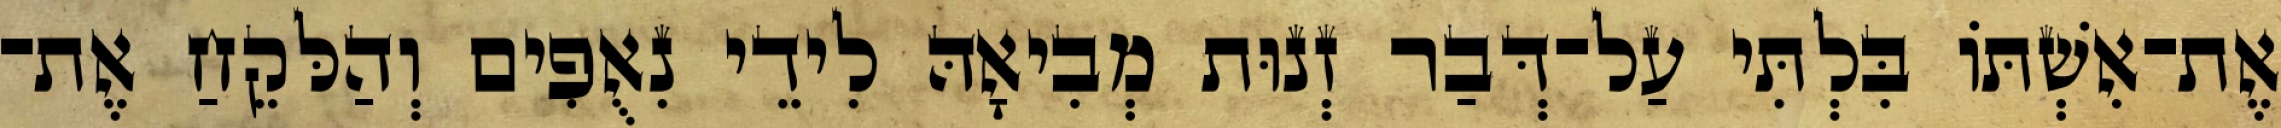
אֶת־אִשְׁתּוֹ בִּלְתִּי עַל־דְּבַר זְנוּת מְבִיאָהּ לִידֵי נִאֻפִים וְהַלּקֵחַ אֶת־